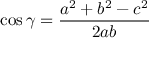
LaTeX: \cos \gamma = { \frac { a ^ { 2 } + b ^ { 2 } - c ^ { 2 } } { 2 a b } }